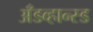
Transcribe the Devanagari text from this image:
अँडव्हान्स्ड